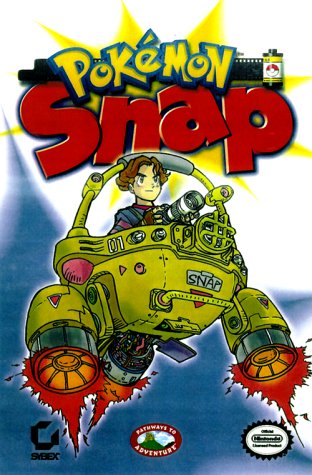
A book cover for Pokemon Snap (Pathways to Adventure); Jason Rich; Computers & Technology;